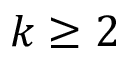
k \geq 2